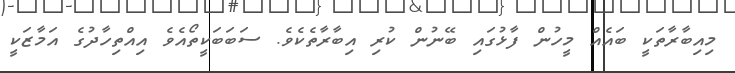
މިއިބާރާތަކީ ބައެއް މީހުން ފާޅުގައި ބޭނުން ކުރި އިބާރާތެކެވެ. ސަބަބަކީތޯއެވެ އިއްތިހާދުގެ އަމާޒަކީ